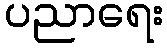
ပညာရေး